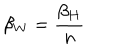
LaTeX: \beta _ { W } = \frac { \beta _ { H } } { n }